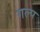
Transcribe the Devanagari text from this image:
गल्‍प